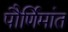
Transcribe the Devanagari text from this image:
पौर्णिमांत